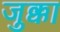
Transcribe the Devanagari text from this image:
जुक्का